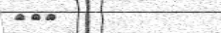
١٥٤